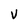
Character: V